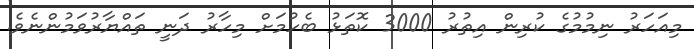
މިއަހަރު ނިމުމުގެ ކުރިން އިތުރު 3000 ކޮތަޅު ބެހުމަށް މިހާރު ދަނީ ތައްޔާރުވަމުންނެވެ.